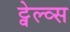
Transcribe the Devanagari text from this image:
ट्वेल्व्स